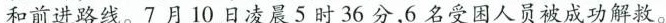
和前进路线。7月10日凌晨5时36分，6名受困人员被成功解救。